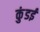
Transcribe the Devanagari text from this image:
कुंडई